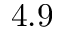
4 . 9